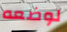
لوضعه